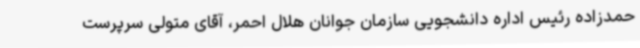
حمدزاده رئیس اداره دانشجویی سازمان جوانان هلال احمر، آقای متولی سرپرست